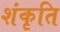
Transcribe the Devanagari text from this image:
शंकृति